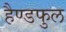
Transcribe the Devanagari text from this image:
हैण्डफुल